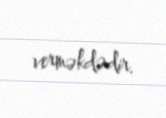
verməkdədir.